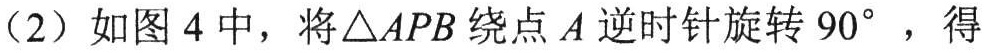
（2）如图4中，将\(\triangle APB\)绕点\(A\)逆时针旋转\(90^{\circ}\)，得